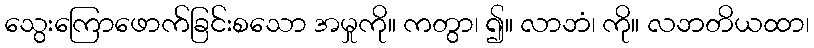
သွေးကြောဖောက်ခြင်းစသော အမှုကို။ ကတွာ၊ ၍။ လာဘံ၊ ကို။ လဘတိယထာ၊